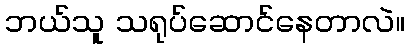
ဘယ်သူ သရုပ်ဆောင်နေတာလဲ။